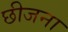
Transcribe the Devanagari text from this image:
छीजना